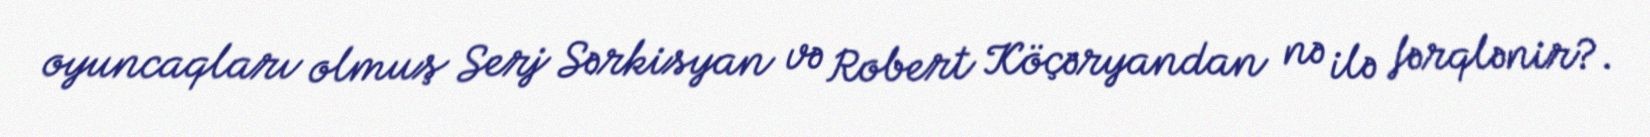
oyuncaqları olmuş Serj Sərkisyan və Robert Köçəryandan nə ilə fərqlənir?.